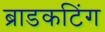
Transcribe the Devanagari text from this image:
ब्राडकटिंग